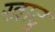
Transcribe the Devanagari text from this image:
खाटु